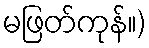
မဖြတ်ကုန်။)